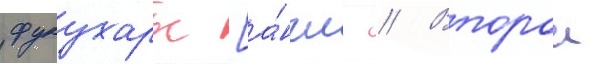
фукухары [а́нгл. // Второи